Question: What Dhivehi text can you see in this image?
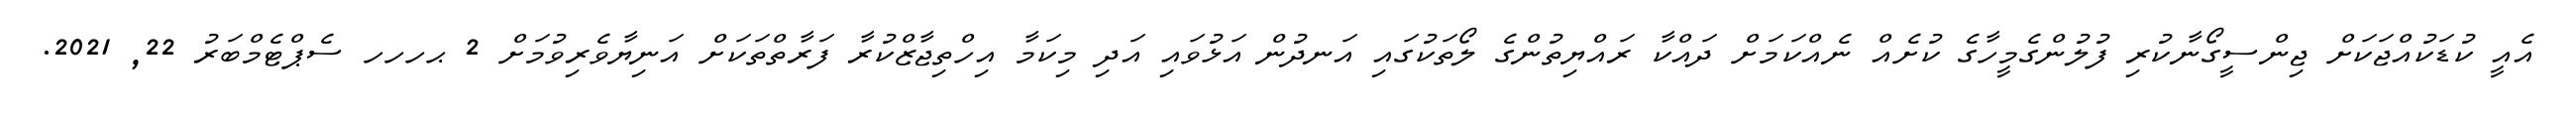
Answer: އެއީ ކުޑަކުއްޖަކަށް ޖިންސީގޯނާކުރި ފުލުންގެމީހާގެ ކުށެއް ނެއްކަމަށް ދައްކާ ރައްޔިތުންގެ ލޯތަކުގައި އަނދުން އަޅުވައި އަދި މިކަމާ އިހްތިޖާޒްކުރާ ފަރާތްތަކަށް އަނިޔާވެރިވުމަށް 2 ޙހހހ ސެޕްޓެމްބަރު 22, 2021.